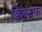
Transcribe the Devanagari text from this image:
क्रिस्टफ़